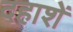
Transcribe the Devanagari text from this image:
दहाशें